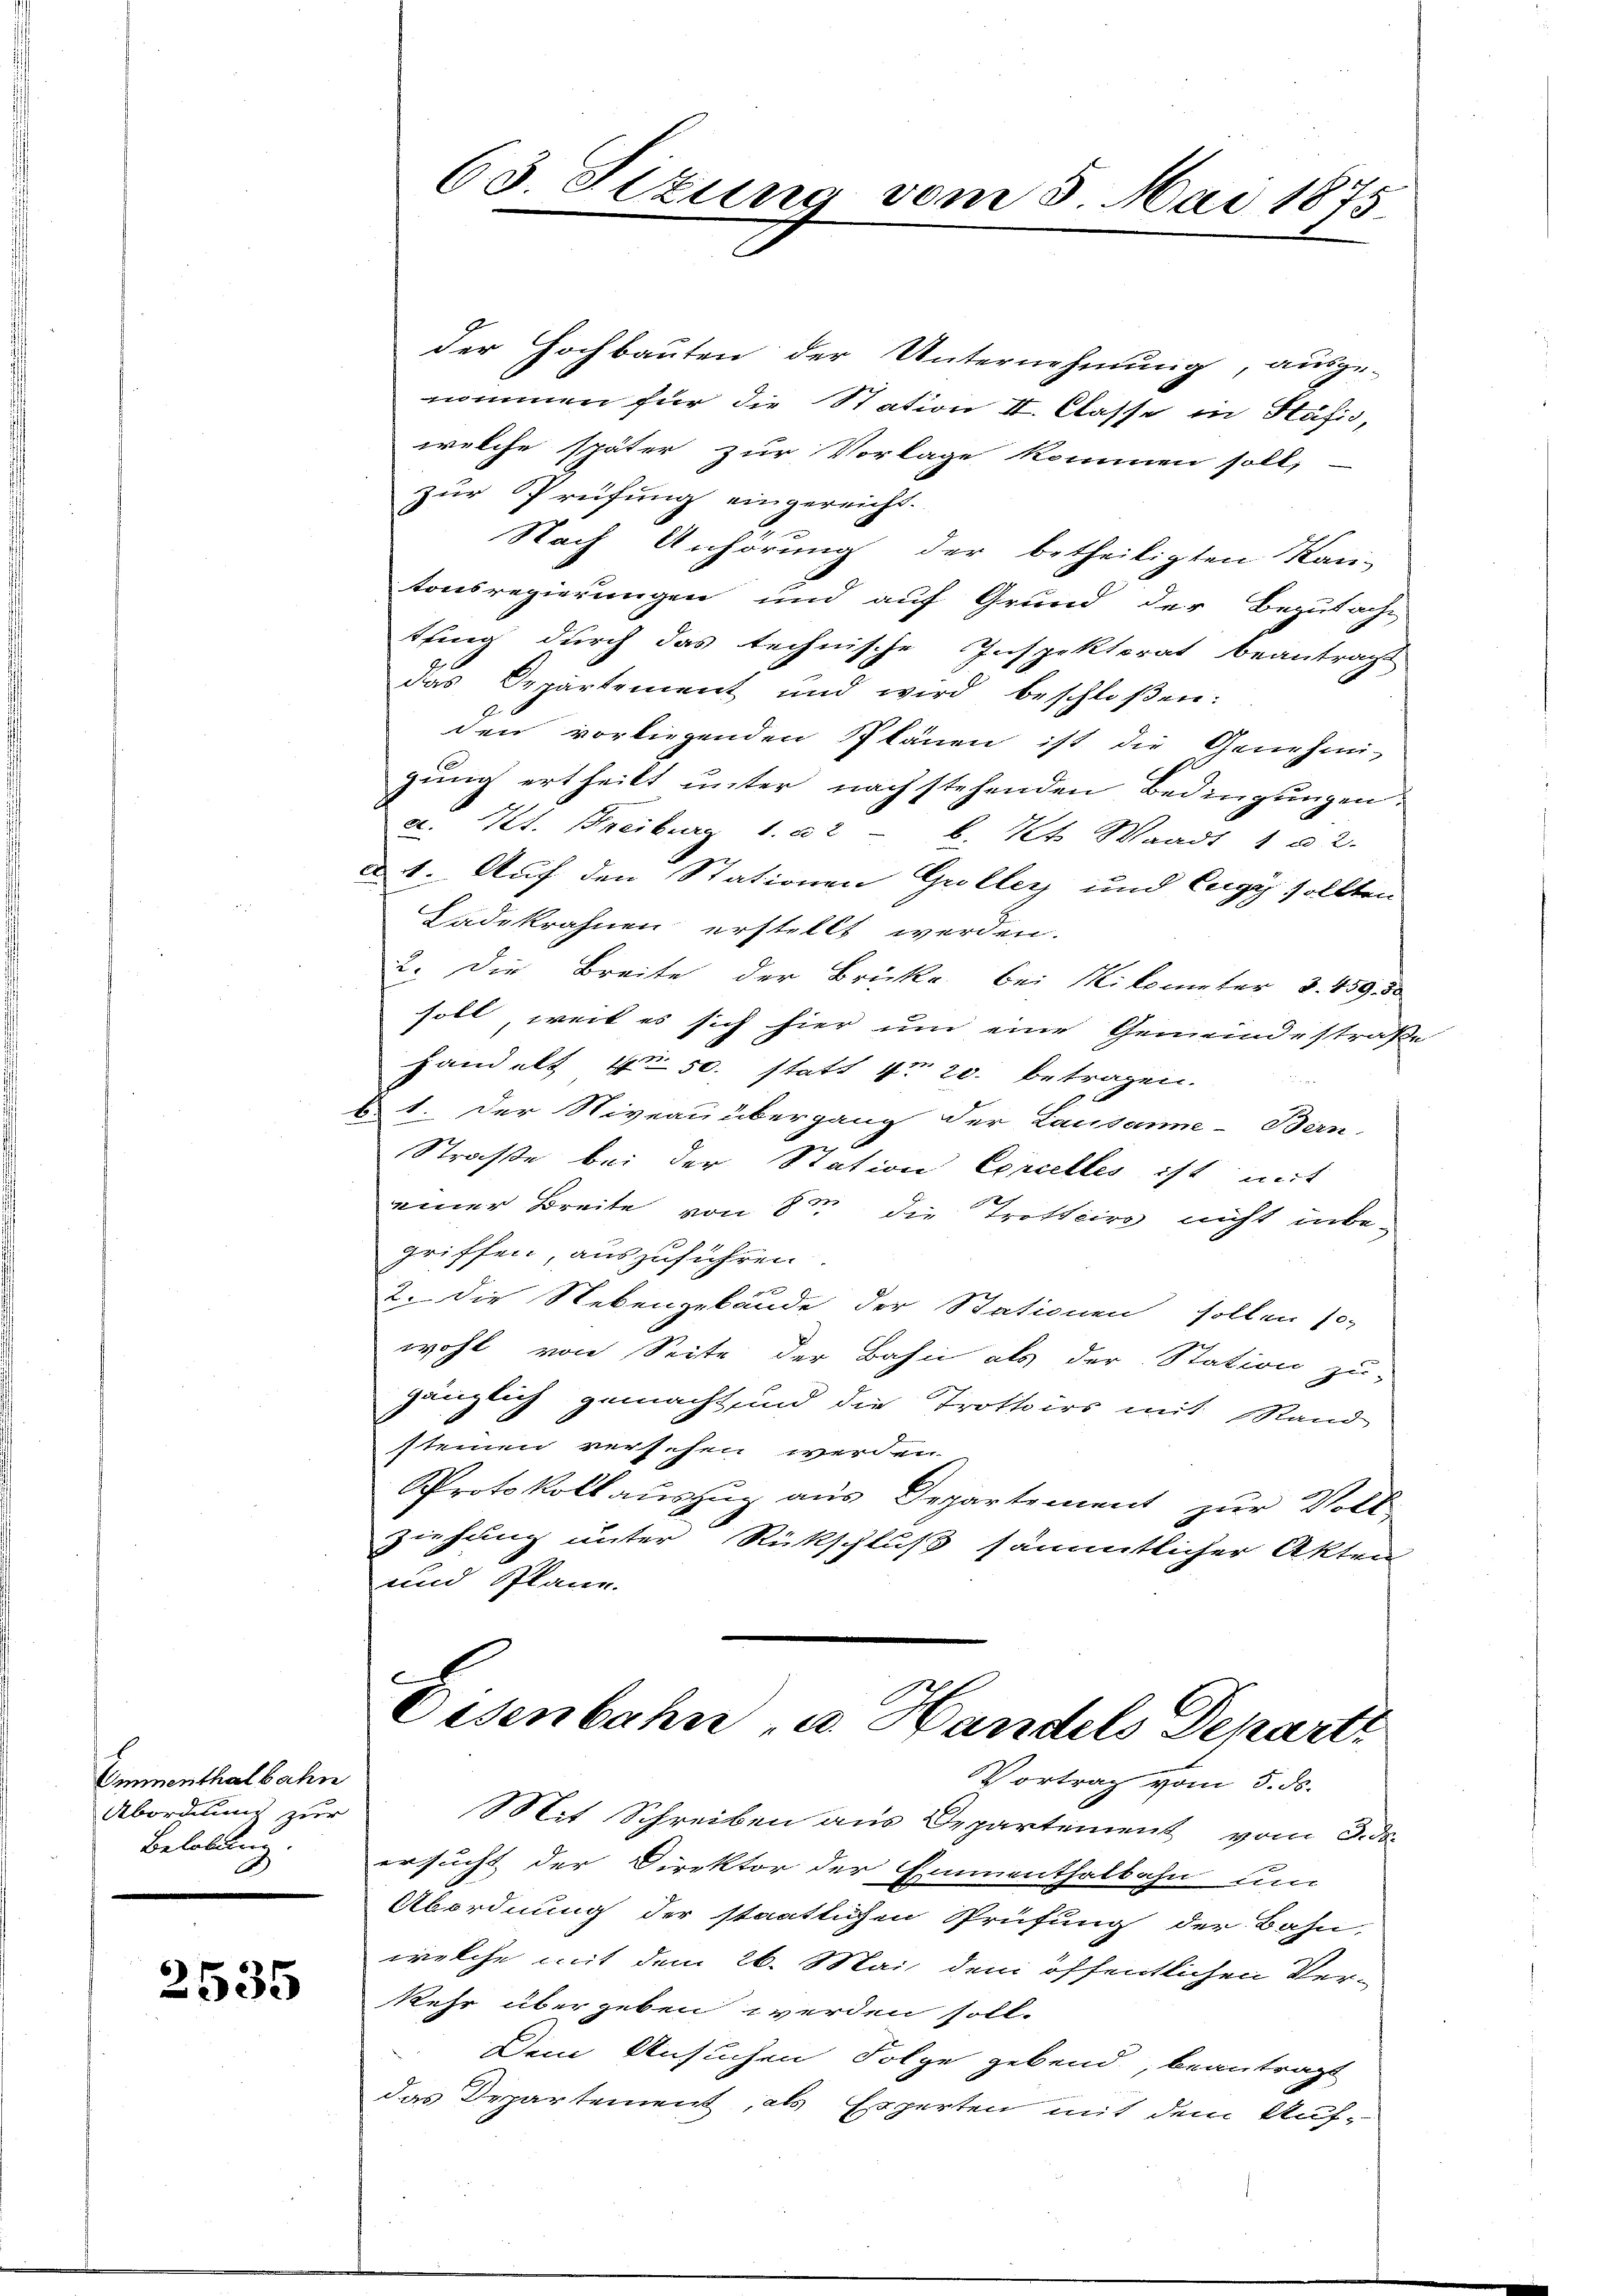
Emmenthalbahn
Abordnung zur
Belobung

2535

der Hochbauten der Unternehmung, ausge-
nommen für die Station II. Classe in Käfis-
welche später zur Vorlage kommen soll,
zur Prüfung eingereicht.
Nach Anhörung der betheiligten Kan-
tonsregierungen und auf Grund der Begutacht
tung durch das technische Inspektorat beantragt
das Departement und wird beschloßen:
den vorliegenden Plänen ist die Genehmi-
gung ertheilt unter nachstehenden Bedingungen
a. Tit. Freiburg 1. 22 b. Kt. Waadt 1 u 2.
d. 1. Auf den Stationen Groller und Eugy sollten
Ladekrahnen erstellt werden.
2. Die Breite der Brücke bei Milometer §. 459. 50
soll, weil es sich hier um eine Gemeindestraße
handelt 450. statt No 20. betragen.
61. Der Niveau übergang der Lausanne-Bern,
Straße bei der Station Concelles ist mit
einer Breite von 8 die Trottoirs nicht inbegriffen, auszuführen.
2. Die Nebengebäude der Stationen sollen so
wohl von Seite der Bahn als der Station zu-
gänzlich gemacht, und die Trottoirs mit Rand
steinen versehen werden.
Protokollauszug aus Departement zur Voll-
ziehung unter Rückschluß sämmtlicher Akten
und Plane.
Kennt

63. Sizung vom 5. Mai 1875

Oisenbahn u. Handels Depart
Vortrag vom 5. ds.

Mit Schreiben aus Departement vom J. de
ersucht der Direktor der Emmenthalbahn um
Abordnung der staatlichen Prüfung der Bahn-
welche mit dem 26. Mai dem öffentlichen Ver-
kehr übergeben werden soll.
Dem Ansuchen Folge gebend, beantragt
das Departement, als Experten mit dem Auf¬